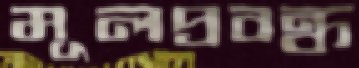
মূলপ্রবন্ধ